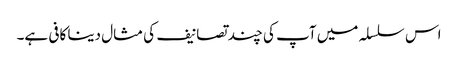
اس سلسلہ میں آپ کی چند تصانیف کی مثال دینا کافی ہے۔